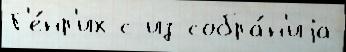
Г'е́нр'их с из собра́н'иjа